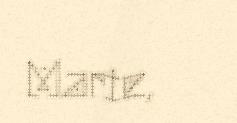
Marie,